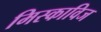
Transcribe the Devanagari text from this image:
मिस्काविज